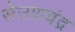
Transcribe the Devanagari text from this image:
सेउणचंद्र